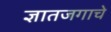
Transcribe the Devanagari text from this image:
ज्ञातजगाचे